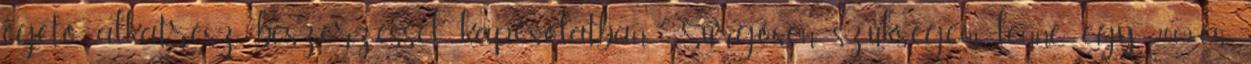
égető alkatrész beszerzéssel kapcsolatban. Sürgősen szükségem lenne egy 2009-es